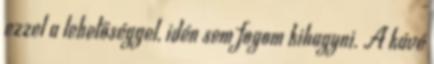
ezzel a lehetőséggel, idén sem fogom kihagyni. A kávé